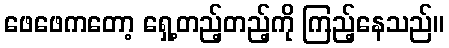
ဖေဖေကတော့ ရှေ့တည့်တည့်ကို ကြည့်နေသည်။